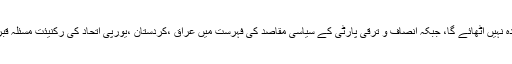
لیکن ترکی اور امریکہ بعد میں اس بات پر اتفاق کر گئے کہ ترکی اس پیشکش سے فائدہ نہیں اٹھائے گا، جبکہ انصاف و ترقی پارٹی کے سیاسی مقاصد کی فہرست میں عراق ،کردستان ،یورپی اتحاد کی رکنیئت مسئلہ قبرص اور معیشت کی بہتری زیادہ نمایاں نکات ہیں جن پر ترکی ہر قیمت عمل کرے گا۔